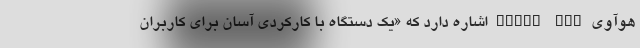
هوآوی Watch Fit اشاره دارد که «یک دستگاه با کارکردی آسان برای کاربران